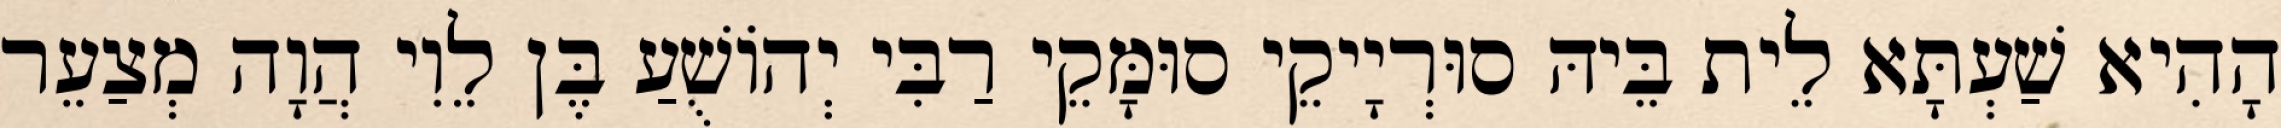
הָהִיא שַׁעְתָּא לֵית בֵּיהּ סוּרְיָיקֵי סוּמָּקֵי רַבִּי יְהוֹשֻׁעַ בֶּן לֵוִי הֲוָה מְצַעֵר